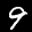
Label: 9